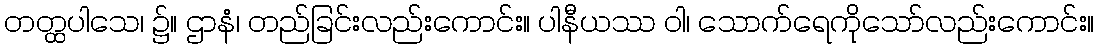
တတ္ထပါသေ၊ ၌။ ဌာနံ၊ တည်ခြင်းလည်းကောင်း။ ပါနီယဿ ဝါ၊ သောက်ရေကိုသော်လည်းကောင်း။